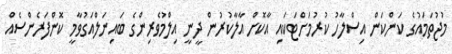
މުޖުތަމައުގެ ކަންކަން އިސްލާހު ކުރުމަށްޓަކައި އާކޮށް އާލާކުރުން ދީނީ އިލްމުވެރިންގެ ބައިނަލްއަގުވާމީ ކޮންފަރެންސެއް